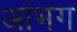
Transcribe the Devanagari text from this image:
आंभग